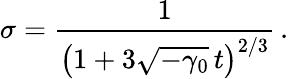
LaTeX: \sigma=\frac{1}{\left(1+3\sqrt{-\gamma_{0}}\, t\right)^{2/3}}\, .